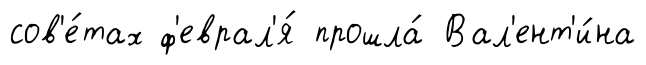
сов'е́тах ф'еврал'я́ прошла́ Вал'ент'и́на